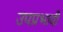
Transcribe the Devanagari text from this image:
उपप्रभावी